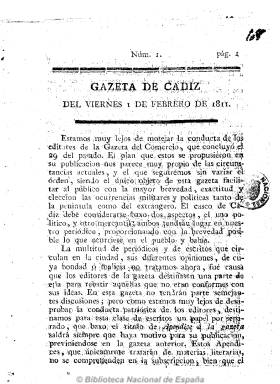
Título: Gazeta de Cádiz
Otros títulos: Gaceta de Cádiz || Gaceta extraordinaria de Cádiz
Colección: Gacetas
Ámbito geográfico: Cádiz
Lugar de publicación: Cádiz
Fechas: 01/02/1811-23/02/1811

Es continuación, a partir del uno de febrero de 1811, de Gazeta del comercio de Cádiz, que había dejado de aparecer el 29 de enero. Asume el ideario de la primera etapa de esta, es decir, huye del estilo hiriente y “chocarrero” contra los liberales que le había dado el diputado Justo Pastor Pérez a través de sus artículos. Por lo que adopta una estructura informativa, sin apenas colaboradores de opinión, ofreciendo noticias sobre los acontecimientos militares de la península y el extranjero, así como cartas, partes y otros artículos de oficio. La información local, al final, da cuenta del movimiento portuario y de los precios de los productos, muchos de ellos procedentes de América. Aún así publica, además de los comerciales, algunos textos de tipo político, manteniéndose patriota “sin más”, según Checa Godoy. Los artículos que podrían ser más polémicos los deja para un suplemento titulado Apéndice a la Gazeta de Cádiz, en los que se adivina su inquina con el liberal El conciso y su suplemento, El concisín. De periodicidad bisemanal, salía los martes y viernes en números de cuatro u ocho páginas de la imprenta de la Viuda de Comes y también de la Imprenta de la Junta Superior del Gobierno, por lo que en algún momento se le tilda de tener cierto carácter oficialista. Publica también números extraordinarios y debió dejar de publicarse en julio de 1811.